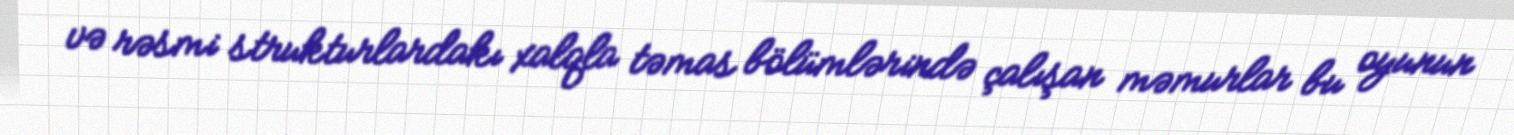
və rəsmi strukturlardakı xalqla təmas bölümlərində çalışan məmurlar bu oyunun